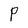
Character: P